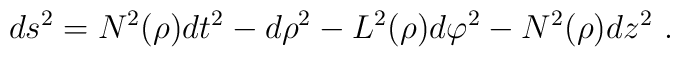
ds^2=N^2(\rho)dt^2-d\rho^2-L^2(\rho)d\varphi^2-N^2(\rho)dz^2 \ .